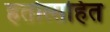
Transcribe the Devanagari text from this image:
हतोत्सहित